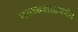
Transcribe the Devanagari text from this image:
नवाबशाहपर्यंत